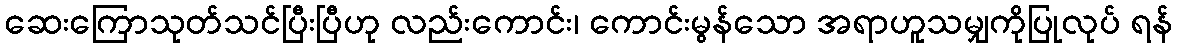
ဆေးကြောသုတ်သင်ပြီးပြီဟု လည်းကောင်း၊ ကောင်းမွန်သော အရာဟူသမျှကိုပြုလုပ် ရန်